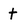
Character: t